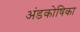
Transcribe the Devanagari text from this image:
अंडकोषिका